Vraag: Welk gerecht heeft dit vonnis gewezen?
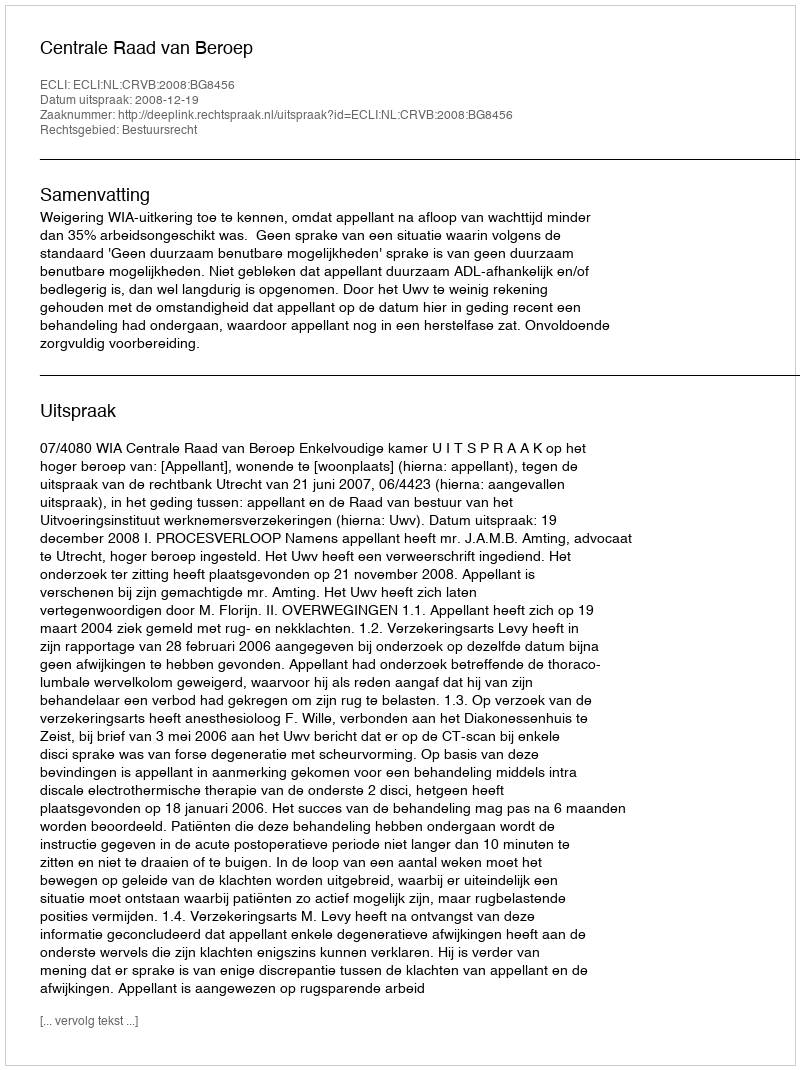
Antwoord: Centrale Raad van Beroep